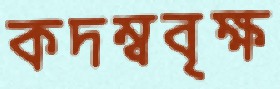
কদম্ববৃক্ষ